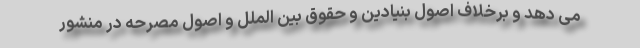
می دهد و برخلاف اصول بنیادین و حقوق بین الملل و اصول مصرحه در منشور